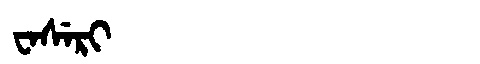
Manchu: ᠸᠠᠰᡝᡵᡳ
Romanization: WASERI